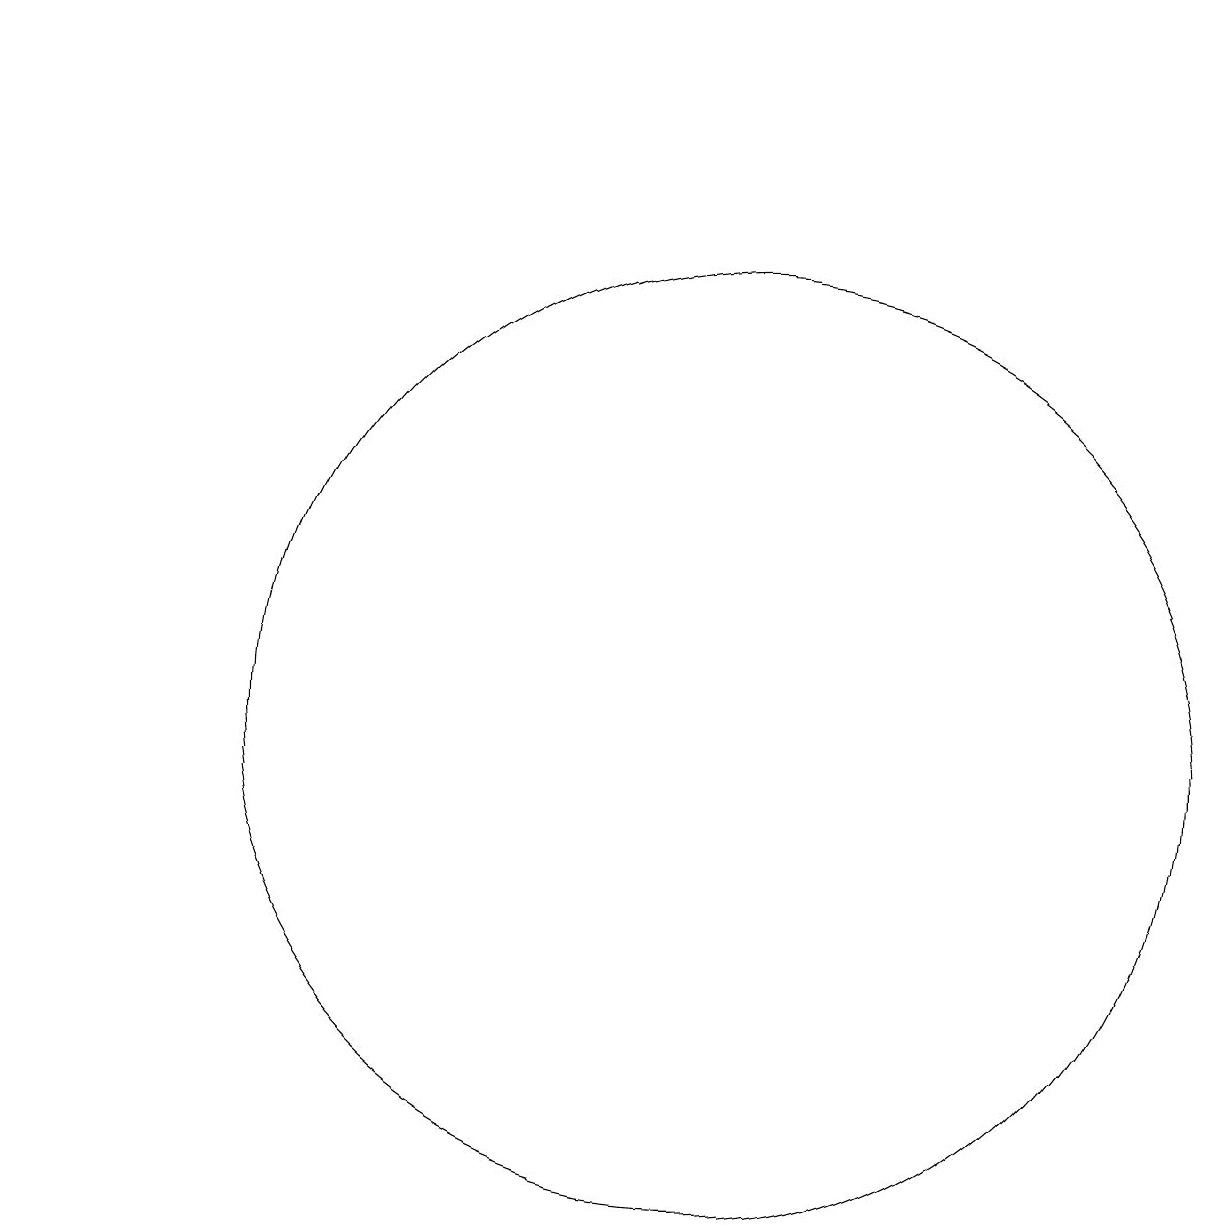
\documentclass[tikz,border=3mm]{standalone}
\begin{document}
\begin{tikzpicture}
\draw (10,10) circle (0);
\draw[->] (3,19) -- (1,19);
\draw (10,10) circle (6);
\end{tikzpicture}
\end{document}